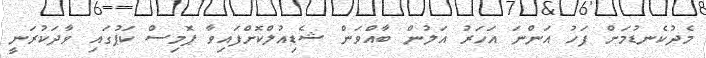
މެދުކެނޑުމަށް ފަހު އަންނަ އަހަރު އަލުން ބާއްވަން ޝެޑިއުލްކޮށްފައިވާ ޕޮމިސް ކަޕުގައި ވާދަކުރަނީ